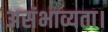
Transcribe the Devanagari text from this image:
असंभाव्यता।